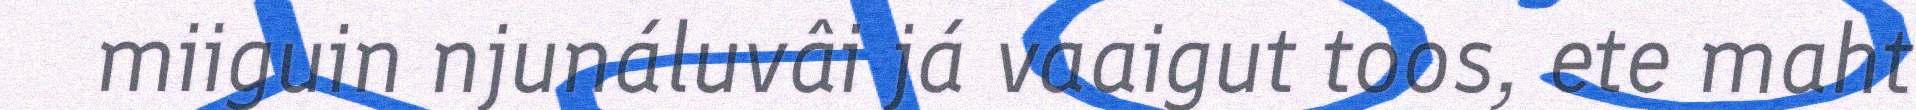
miiguin njunáluvâi já vaaigut toos, ete maht